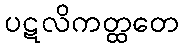
ပဋလိကတ္ထတေ